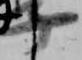
子